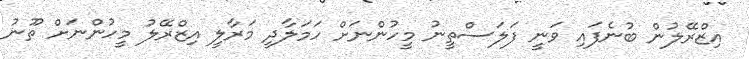
އިޒްރޭލުން ބުނެފައި ވަނީ ފަލަސްތީނު މީހުންނަށް ހަމަލާދީ މަރާލީ އިޒްރޭލު މީހުންނަށް ތޫނު